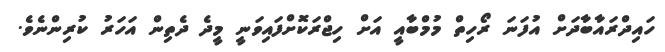
ހައިދްރައާބާދަށް އުފަނަ ރޯހިތް މުމްބާއީ އަށް ހިޖްރަކޮށްފައިވަަނީ މީދެ ދެތިން އަހަރު ކުރިންނެވެ.